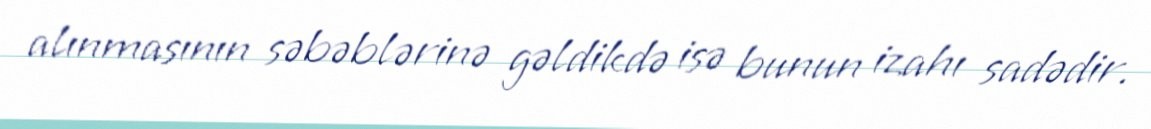
alınmasının səbəblərinə gəldikdə isə bunun izahı sadədir.